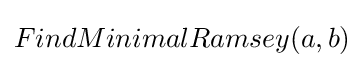
FindMinimalRamsey(a,b)